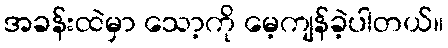
အခန်းထဲမှာ သော့ကို မေ့ကျန်ခဲ့ပါတယ်။